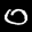
Label: 0